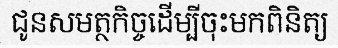
ជូនសមត្ថកិច្ចដើម្បីចុះមកពិនិត្យ